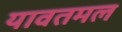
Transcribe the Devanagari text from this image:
यावतमल